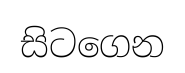
සිටගෙන